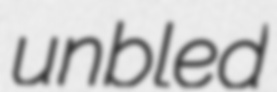
unbled